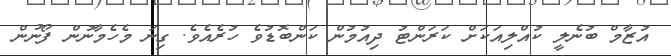
އުޒާމް ބުނެލީ ކުއްލިއަކަށް ކަރަންޓު ދިއުމުން ކަންބޮޑުވެ ހުރެއެވެ. ގިނަ މެހެމާނުން ފޯނުން